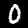
Label: 0